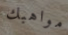
مواهبك